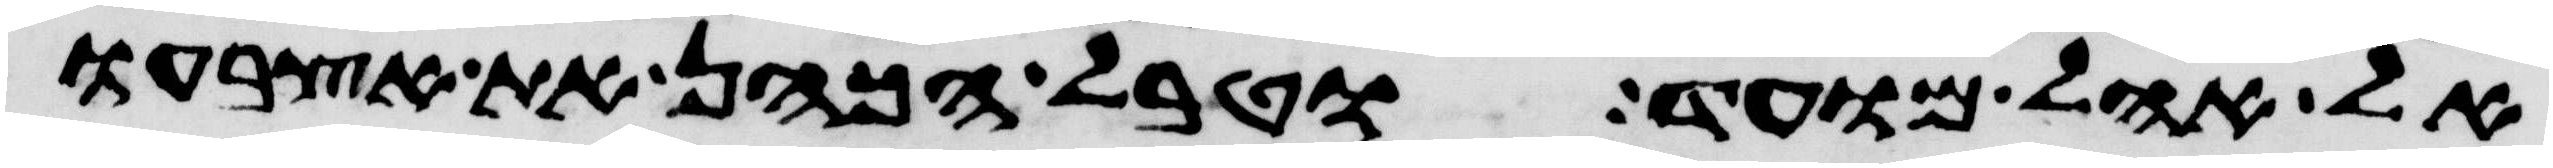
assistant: אל אהל מועד וטבל הכהן את אצבעו